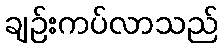
ချဉ်းကပ်လာသည်